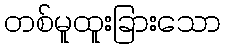
တစ်မူထူးခြားသော